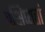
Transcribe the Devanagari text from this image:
प्रक्षिप्यतां